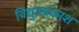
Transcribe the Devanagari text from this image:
विद्युतप्रकाश